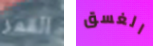
القمر الغسق